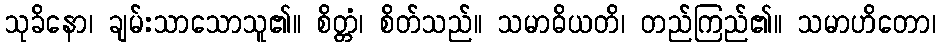
သုခိနော၊ ချမ်းသာသောသူ၏။ စိတ္တံ၊ စိတ်သည်။ သမာဓိယတိ၊ တည်ကြည်၏။ သမာဟိတော၊